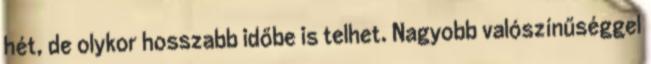
hét, de olykor hosszabb időbe is telhet. Nagyobb valószínűséggel